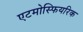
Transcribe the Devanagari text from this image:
एटमोस्फियरिक